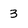
Character: 3